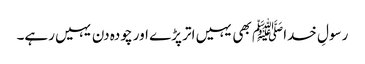
رسولِ خداﷺ بھی یہیں اتر پڑے اور چودہ دن یہیں رہے۔